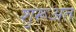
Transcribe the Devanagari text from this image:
शुरूअत